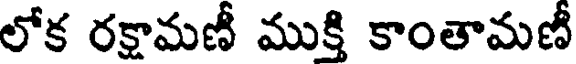
లోక రక్షామణీ ముక్తి కాంతామణీ